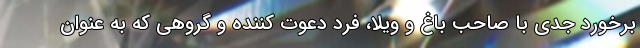
برخورد جدی با صاحب باغ و ویلا، فرد دعوت کننده و گروهی که به عنوان